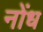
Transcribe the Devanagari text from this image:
नोंध